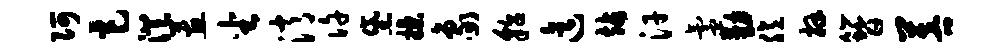
阿巨澄蕙坐消许黛揲象貂迄站汗氲勤臆拜簪菩